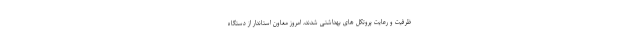
ظرفیت و رعایت پروتکل های بهداشتی شدند، امروز معاون استاندار از دستگاه